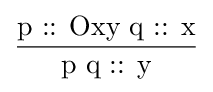
{\dfrac {\text{p :: Oxy   q :: x}}{\text{p q :: y}}}